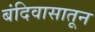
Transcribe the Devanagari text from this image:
बंदिवासातून